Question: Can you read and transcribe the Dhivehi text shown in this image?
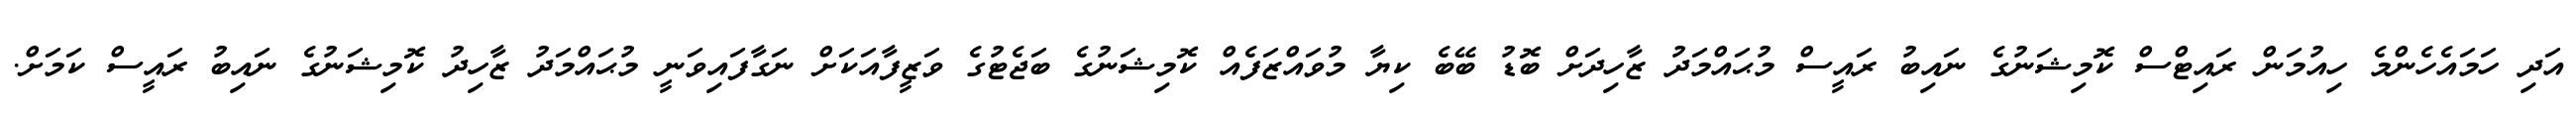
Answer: އަދި ހަމައެހެންމެ ހިއުމަން ރައިޓްސް ކޮމިޝަނުގެ ނައިބު ރައީސް މުޙައްމަދު ޒާހިދަށް ބޮޑު ބޭބެ ކިޔާ މުވައްޒަފެއް ކޮމިޝަނުގެ ބަޖެޓުގެ ވަޒީފާއަކަށް ނަގާފައިވަނީ މުޙައްމަދު ޒާހިދު ކޮމިޝަނުގެ ނައިބު ރައީސް ކަމަށް.